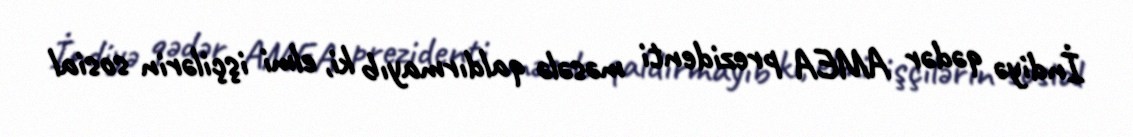
İndiyə qədər AMEA prezidenti məsələ qaldırmayıb ki, elmi işçilərin sosial